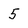
Character: 5